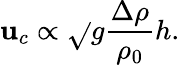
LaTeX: \mathbf{u}_{c}\propto\sqrt{}{{g\frac{{\Delta\rho}}{{\rho_{0}}}h}}.